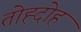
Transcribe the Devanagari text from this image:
तोह्दोह